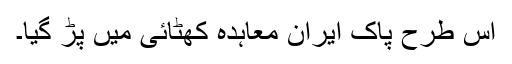
اس طرح پاک ایران معاہدہ کھٹائی میں پڑ گیا۔